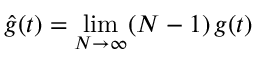
\hat { g } ( t ) = \operatorname* { l i m } _ { N \rightarrow \infty } ( N - 1 ) \, g ( t )